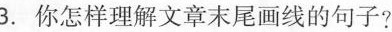
3.你怎样理解文章末尾画线的句子?